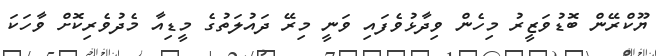
ޔޫކްރޭން ބޮޑުވަޒީރު މިހެން ވިދާޅުވެފައި ވަނީ މިރޭ ދައުލަތުގެ މީޑިއާ މެދުވެރިކޮށް ވާހަކަ